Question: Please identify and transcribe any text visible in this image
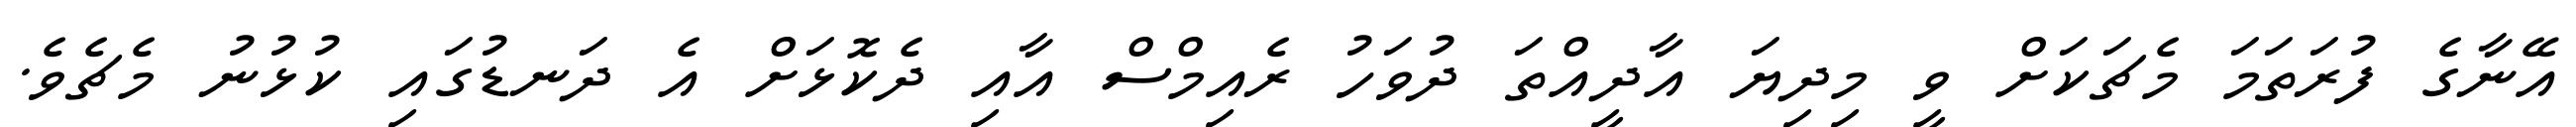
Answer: އޭނާގެ ފުރަތަމަ މެޗަކަށް ވީ މިދިޔަ އާދީއްތަ ދުވަހު ރެއިމްސް އާއި ދެކޮޅަށް އެ ދަނޑުގައި ކުޅުނު މެޗެވެ.